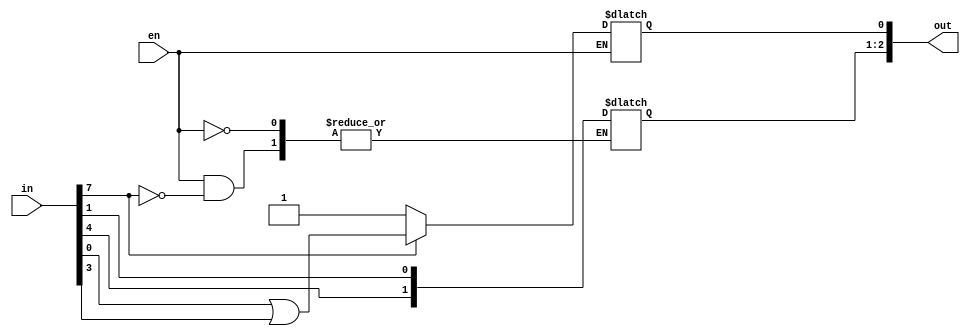
module control_word_reg (in , out, en);

	input [7:0]in;
	output [0:2]out;
	input wire en;

	reg [0:2] word;

	assign out = word;

	always @(in,en) begin
		if(en) begin
			
			if(in[7]) begin
				word[0] <= in[4];
				word[1] <= in[1];
				word[2] <= in[0] | in[3];
			end else begin
				word[2] <= 1'b1;
			end

		end
	end

endmodule

module control_word_reg2 (in , out, en);

	input [7:0]in;	output [7:0]out;	input wire en;

	assign out = (en) ? in : out;

endmodule

module control_word_reg_tb ();

	reg [7:0]in;	wire [7:0]out;	reg en;

	// control_word_reg b(in , out, en);
	control_word_reg2 b(in , out, en);

	initial begin

		$monitor("en %b in %b out %b",en,in,out);

		in = 8'b1000_0000;
		en = 1;

	end

endmodule